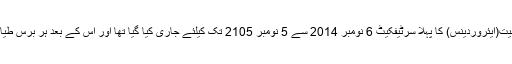
ذرائع کے مطابق ایئر بس A320-200 کو پرواز کی صلاحیت(ایئروردینس) کا پہلا سرٹیفکیٹ 6 نومبر 2014 سے 5 نومبر 2105 تک کیلئے جاری کیا گیا تھا اور اس کے بعد ہر برس طیارے کے مکمل معائنے کے بعد سرٹیفکیٹ جاری کیا گیا تھا۔